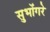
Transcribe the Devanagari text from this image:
सुभोंगरे